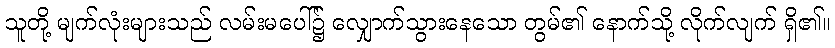
သူတို့ မျက်လုံးများသည် လမ်းမပေါ်၌ လျှောက်သွားနေသော တွမ်၏ နောက်သို့ လိုက်လျက် ရှိ၏။